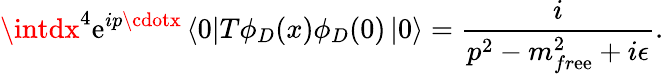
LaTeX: \intdx^{4}\mathrm{e}^{ip\cdotx}\left<0\right|T\phi_{D}(x)\phi_{D}(0)\left|0\right>=\frac{{i}}{{p^{2}-m_{fr\mathrm{e}\mathrm{e}}^{2}+i\epsilon}}.